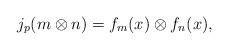
LaTeX: \begin{align*}j_p (m \otimes n) = f_m(x) \otimes f_n(x),\end{align*}